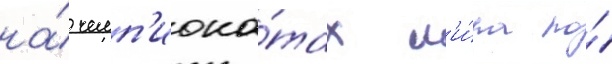
на́ чемп'иона́тах м'и́ра по́